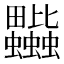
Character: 𧖎